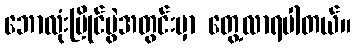
ဘောလုံးပြိုင်ပွဲအတွင်းမှာ တွေ့လာရပါတယ်။